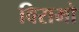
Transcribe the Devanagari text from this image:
विरामो